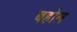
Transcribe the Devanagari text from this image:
बहोल